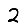
Digit: 2